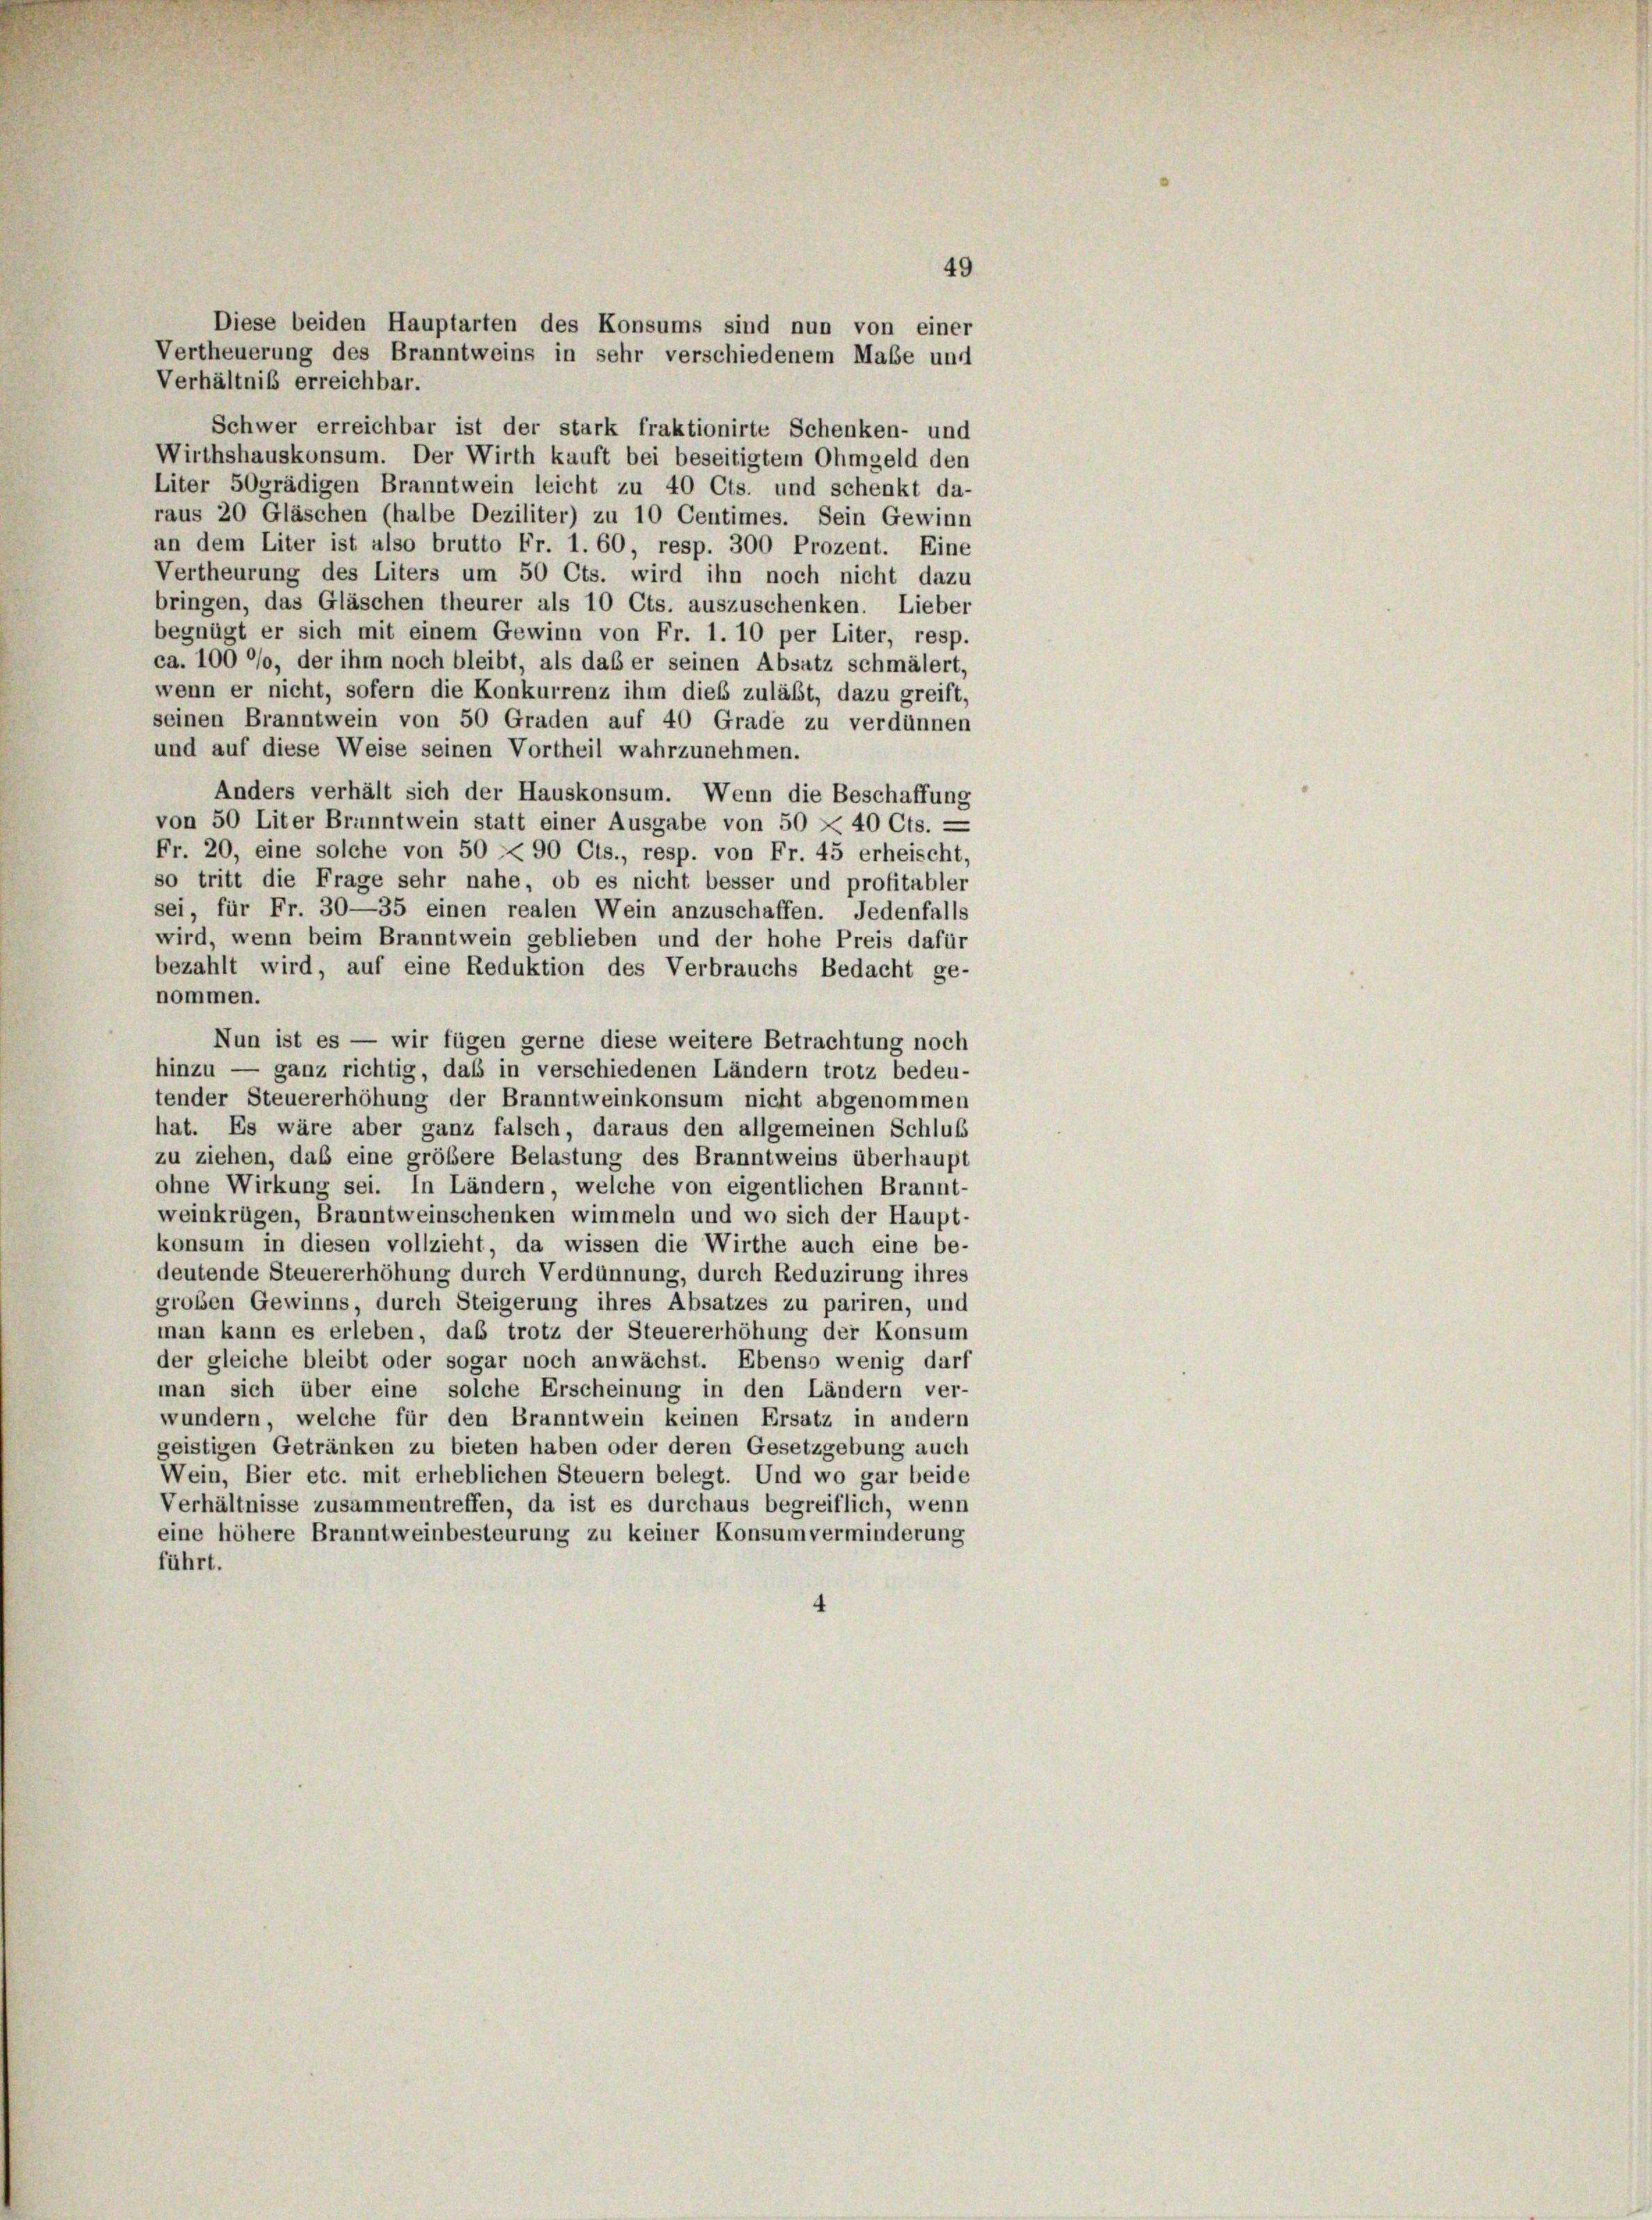
Diese beiden Hauptarten des Konsums sind nun von einer
Vertheuerung des Branntweins in sehr verschiedenem Maße und
Verhältniß erreichbar.
Schwer erreichbar ist der stark fraktionirte Schenken- und
Wirthshauskonsum. Der Wirth kauft bei beseitigtem Ohmgeld den
Liter 5Ogrädigen Branntwein leicht zu 40 Cts. und schenkt da-
raus 20 Gläschen (halbe Deziliter) zu 10 Centimes. Sein Gewinn
an dem Liter ist also brutto Fr. 1. 60, resp. 300 Prozent. Eine
Vertheurung des Liters um 50 Cts. wird ihn noch nicht dazu
bringen, das Gläschen theurer als 10 Cts. auszuschenken. Lieber
begnügt er sich mit einem Gewinn von Fr. 1. 10 per Liter, resp.
ca. 100 °/o, der ihm noch bleibt, als daß er seinen Absatz schmälert,
wenn er nicht, sofern die Konkurrenz ihm dies zuläßt, dazu greift,
seinen Branntwein von 50 Graden auf 40 Grade zu verdünnen
und auf diese Weise seinen Vortheil wahrzunehmen.
Anders verhält sich der Hauskonsum. Wenn die Beschaffung
von 50 Liter Branntwein statt einer Ausgabe von 50 X 40 Cts. —
Fr. 20, eine solche von 50 § 90 Cts., resp. von Fr. 45 erheischt,
so tritt die Frage sehr nahe, ob es nicht besser und profitabler
sei, für Fr. 30—35 einen realen Wein anzuschaffen. Jedenfalls
wird, wenn beim Branntwein geblieben und der hohe Preis dafür
bezahlt wird, auf eine Reduktion des Verbrauchs Bedacht ge-
nommen.
Nun ist es — wir fügen gerne diese weitere Betrachtung noch
hinzu — ganz richtig, daß in verschiedenen Ländern trotz bedeu-
tender Steuererhöhung der Branntweinkonsum nicht abgenommen
hat. Es wäre aber ganz falsch, daraus den allgemeinen Schluß
zu ziehen, daß eine größere Belastung des Branntweins überhaupt
ohne Wirkung sei. In Ländern, welche von eigentlichen Brannt-
weinkrügen, Branntweinschenken wimmeln und wo sich der Haupt-
konsum in diesen vollzieht, da wissen die Wirthe auch eine be-
deutende Steuererhöhung durch Verdünnung, durch Reduzirung ihres
großen Gewinns, durch Steigerung ihres Absatzes zu pariren, und
man kann es erleben, das trotz der Steuererhöhung der Konsum
der gleiche bleibt oder sogar noch anwächst. Ebenso wenig darf
man sich über eine solche Erscheinung in den Ländern ver-
wundern, welche für den Branntwein keinen Ersatz in andern
geistigen Getränken zu bieten haben oder deren Gesetzgebung auch
Wein, Bier etc. mit erheblichen Steuern belegt. Und wo gar beide
Verhältnisse zusammentreffen, da ist es durchaus begreiflich, wenn
eine höhere Branntweinbesteurung zu keiner Konsumverminderung
führt.

49